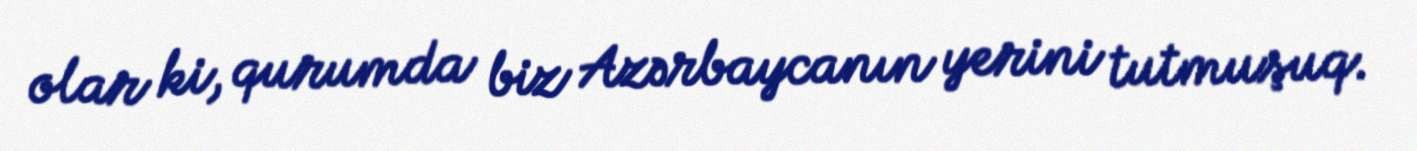
olar ki, qurumda biz Azərbaycanın yerini tutmuşuq.